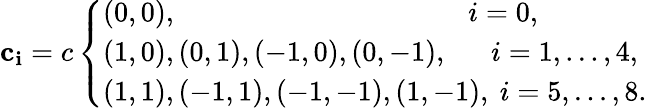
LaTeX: \mathbf{c_{i}}=c\left\{ \begin{array}{ll}{(0,0),~~~~~~~~~~~~~~~~~~~~~~~~~~~~~~~~~~~~~~~~~i=0,}\\ {(1,0),(0,1),(-1,0),(0,-1),~~~~~~i=1,...,4,}\\ {(1,1),(-1,1),(-1,-1),(1,-1),~i=5,...,8.}\end{array}\right.